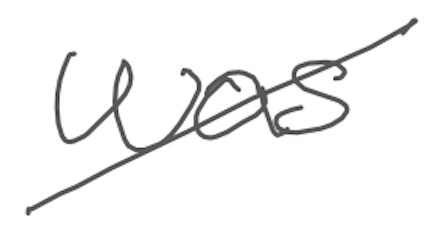
Text: was
Cross-out: mix
Writing tool: digital_gray